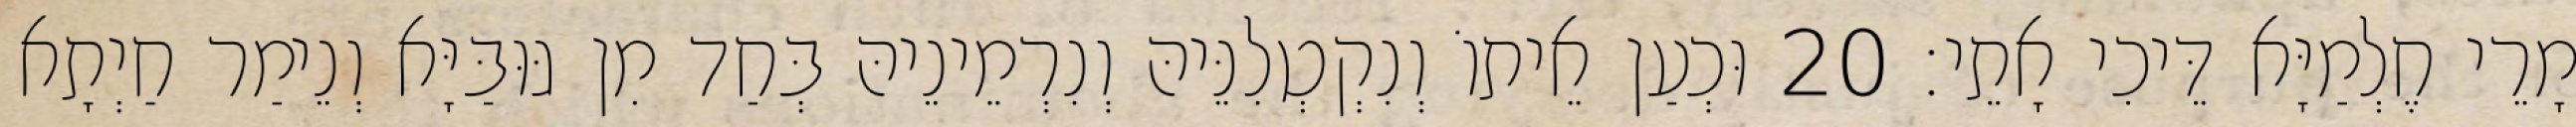
מָרֵי חֶלְמַיָּא דֵּיכִי אָתֵי׃ 20 וּכְעַן אֵיתוֹ וְנִקְטְלִנֵּיהּ וְנִרְמֵינֵיהּ בְּחַד מִן גּוּבַּיָּא וְנֵימַר חַיְתָא